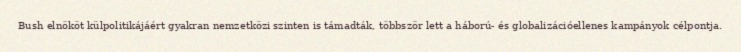
Bush elnököt külpolitikájáért gyakran nemzetközi szinten is támadták, többször lett a háború- és globalizációellenes kampányok célpontja.